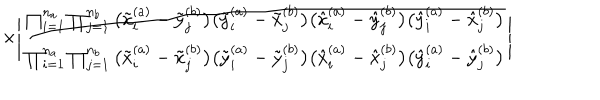
\times \Bigg | \frac { \prod _ { i = 1 } ^ { n _ { a } } \prod _ { j = 1 } ^ { n _ { b } } \big ( \tilde { x } _ { i } ^ { ( a ) } - \tilde { y } _ { j } ^ { ( b ) } \big ) \big ( \tilde { y } _ { i } ^ { ( a ) } - \tilde { x } _ { j } ^ { ( b ) } \big ) \big ( \hat { x } _ { i } ^ { ( a ) } - \hat { y } _ { j } ^ { ( b ) } \big ) \big ( \hat { y } _ { i } ^ { ( a ) } - \hat { x } _ { j } ^ { ( b ) } \big ) } { \prod _ { i = 1 } ^ { n _ { a } } \prod _ { j = 1 } ^ { n _ { b } } \big ( \tilde { x } _ { i } ^ { ( a ) } - \tilde { x } _ { j } ^ { ( b ) } \big ) \big ( \tilde { y } _ { i } ^ { ( a ) } - \tilde { y } _ { j } ^ { ( b ) } \big ) \big ( \hat { x } _ { i } ^ { ( a ) } - \hat { x } _ { j } ^ { ( b ) } \big ) \big ( \hat { y } _ { i } ^ { ( a ) } - \hat { y } _ { j } ^ { ( b ) } \big ) } \Bigg |